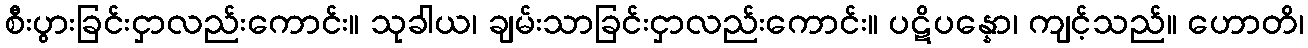
စီးပွားခြင်းငှာလည်းကောင်း။ သုခါယ၊ ချမ်းသာခြင်းငှာလည်းကောင်း။ ပဋိပန္နော၊ ကျင့်သည်။ ဟောတိ၊